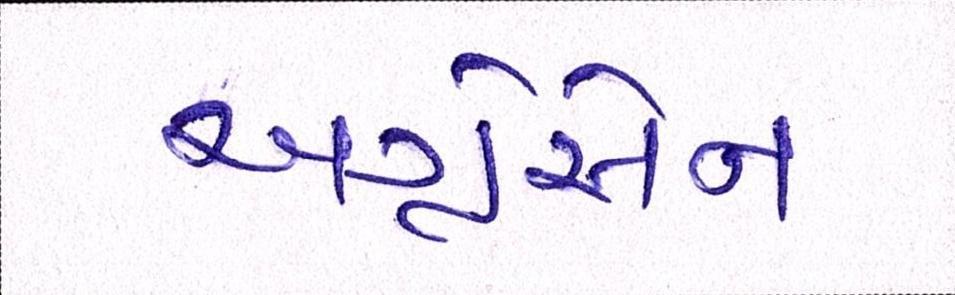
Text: અગ્રેસેન